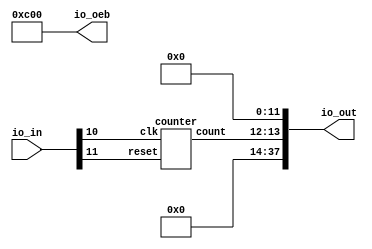
module nydesign_demo (
  input [37:0] io_in,
  output [37:0] io_out,
  output [37:0] io_oeb
);

  wire [1:0] count;

  assign io_out[13:12] = count;
  assign io_oeb[13:12] = 2'b0;

  //assign clk = io_in[10];
  assign io_oeb[10] = 1'b1;

  //assign rst = io_in[11];
  assign io_oeb[11] = 1'b1;

  assign io_out[11:0] = 12'b0;
  assign io_out[37:14] = 24'b0;

  assign io_oeb[11:0] = 12'b0;
  assign io_oeb[37:14] = 24'b0;

  counter c0(
    .clk(io_in[10]),
    .reset(io_in[11]),
    .count(count)
    );

endmodule	// nydesign_demo

module counter #(
    parameter BITS = 2
)(
    input clk,
    input reset,
    output reg [BITS-1:0] count
);

    always @(posedge clk) 
    begin
        if (reset) 
            count <= 0;
        else  
            count <= count + 1;
    end

endmodule